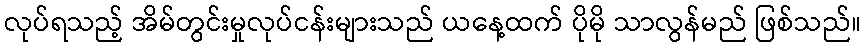
လုပ်ရသည့် အိမ်တွင်းမှုလုပ်ငန်းများသည် ယနေ့ထက် ပိုမို သာလွန်မည် ဖြစ်သည်။